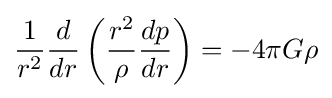
{\frac {1}{r^{2}}}{\frac {d}{dr}}\left({\frac {r^{2}}{\rho }}{\frac {dp}{dr}}\right)=-4\pi G\rho